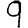
Digit: 9